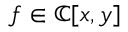
f \in \mathbb { C } [ x , y ]